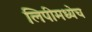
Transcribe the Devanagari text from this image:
लिपीमध्येच